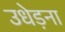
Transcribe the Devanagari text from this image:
उधेड़ना